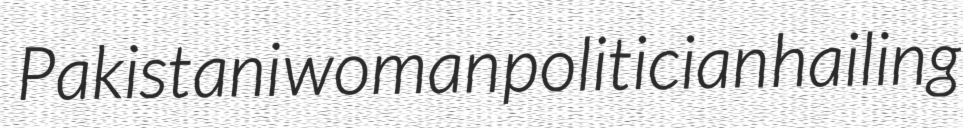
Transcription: Pakistani woman politician hailing